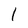
Character: 1